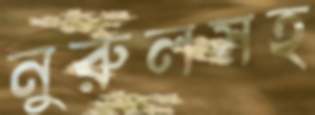
নুরুলসহ